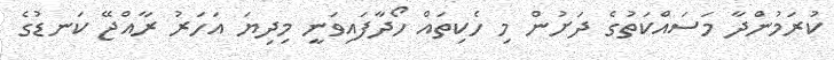
ކުރަމުންދާ މަސައްކަތުގެ ދަށުން މި ހެކިތައް ހޯދާފައިވަނީ މިދިޔަ އަހަރު ރާއްޖޭ ކަނޑުގެ